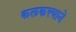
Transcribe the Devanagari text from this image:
कलकत्त्याने